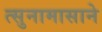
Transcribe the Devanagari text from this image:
त्सुनामासाने